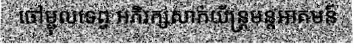
ចៅម្ជុលទេព្វ អភិរក្សសាក់យ័ន្ត្រមន្តអាគមន៍